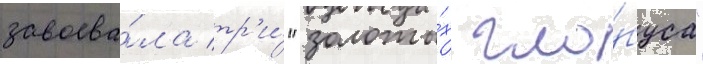
завоева́ла тр'и́ "золоты́х гло́буса"